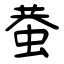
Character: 蛬